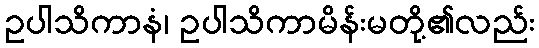
ဥပါသိကာနံ၊ ဥပါသိကာမိန်းမတို့၏လည်း